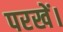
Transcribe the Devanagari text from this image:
परखें।